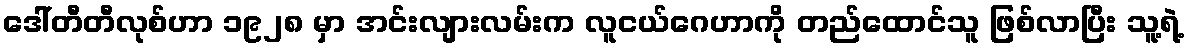
ဒေါ်တီတီလုစ်ဟာ ၁၉၂၈ မှာ အင်းလျားလမ်းက လူငယ်ဂေဟာကို တည်ထောင်သူ ဖြစ်လာပြီး သူ့ရဲ့